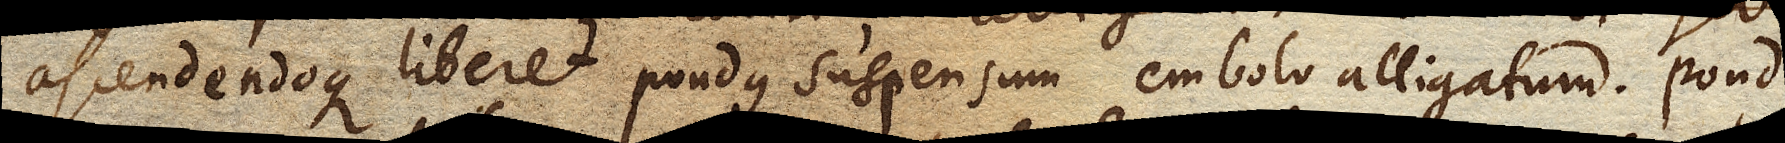
ascendendoque liberet pondus suspensum embolo alligatum. Pondus